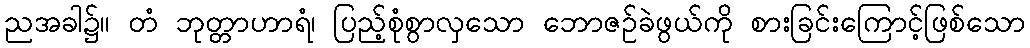
ညအခါ၌။ တံ ဘုတ္တာဟာရံ၊ ပြည့်စုံစွာလှသော ဘောဇဉ်ခဲဖွယ်ကို စားခြင်းကြောင့်ဖြစ်သော